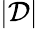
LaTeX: |\mathcal D|